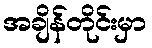
အချိန်တိုင်းမှာ